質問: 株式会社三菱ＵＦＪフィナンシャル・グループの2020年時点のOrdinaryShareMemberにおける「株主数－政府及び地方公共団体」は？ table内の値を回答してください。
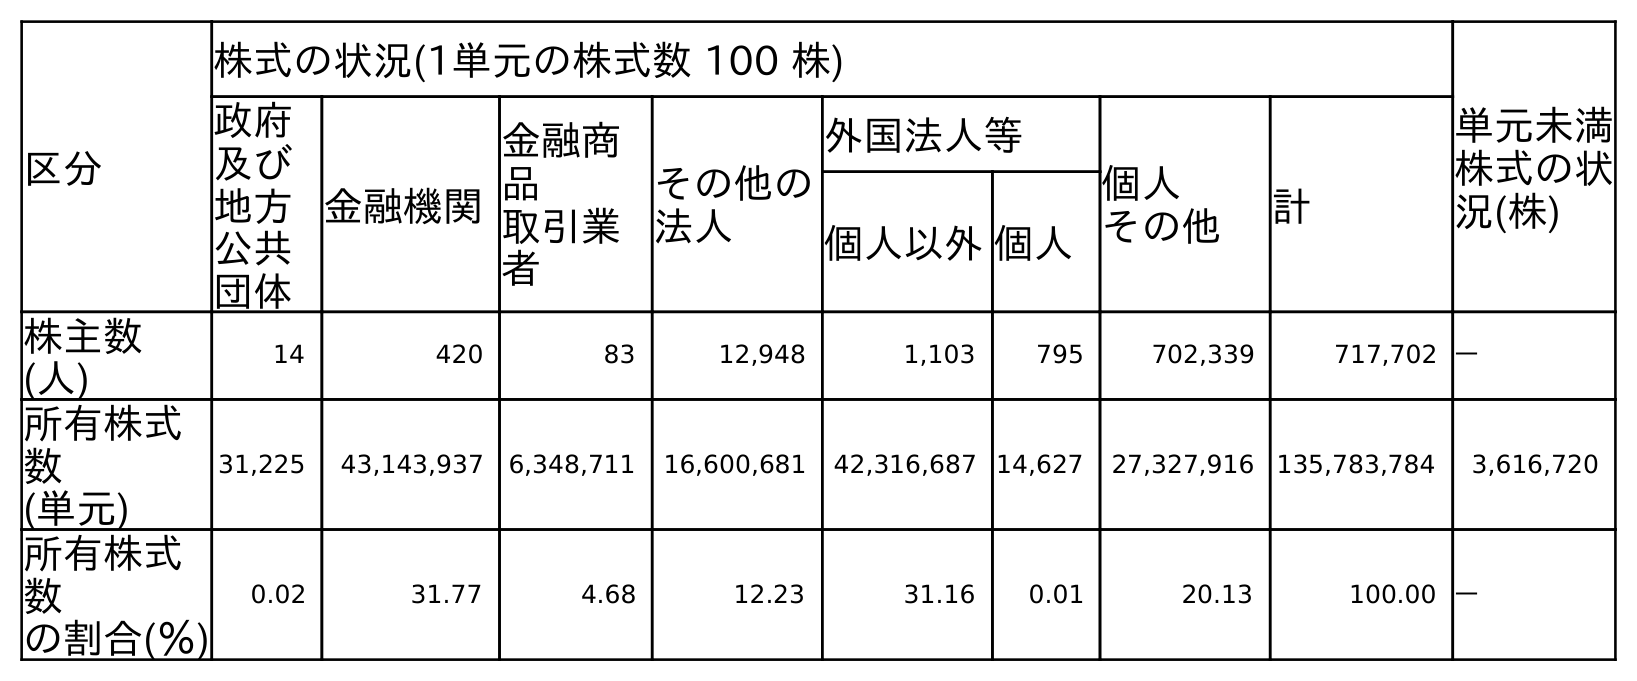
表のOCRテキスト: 区分 株式の状況(1単元の株式数 100 株) 単元未満 株式の状 況(株) 政府 及び 地方 公共 団体 金融機関 金融商 品 取引業 者 その他の 法人 外国法人等 個人 その他 計 個人以外個人 株主数 (人) 14 420 83 12,948 1,103 795 702,339 717,702 ― 所有株式 数 (単元) 31,225 43,143,937 6,348,711 16,600,681 42,316,687 14,627 27,327,916 135,783,784 3,616,720 所有株式 数 の割合(％) 0.02 31.77 4.68 12.23 31.16 0.01 20.13 100.00 ―
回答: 14